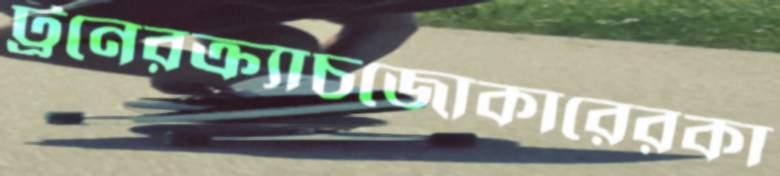
ট্রনেরক্র্যাচজোকারেরকা